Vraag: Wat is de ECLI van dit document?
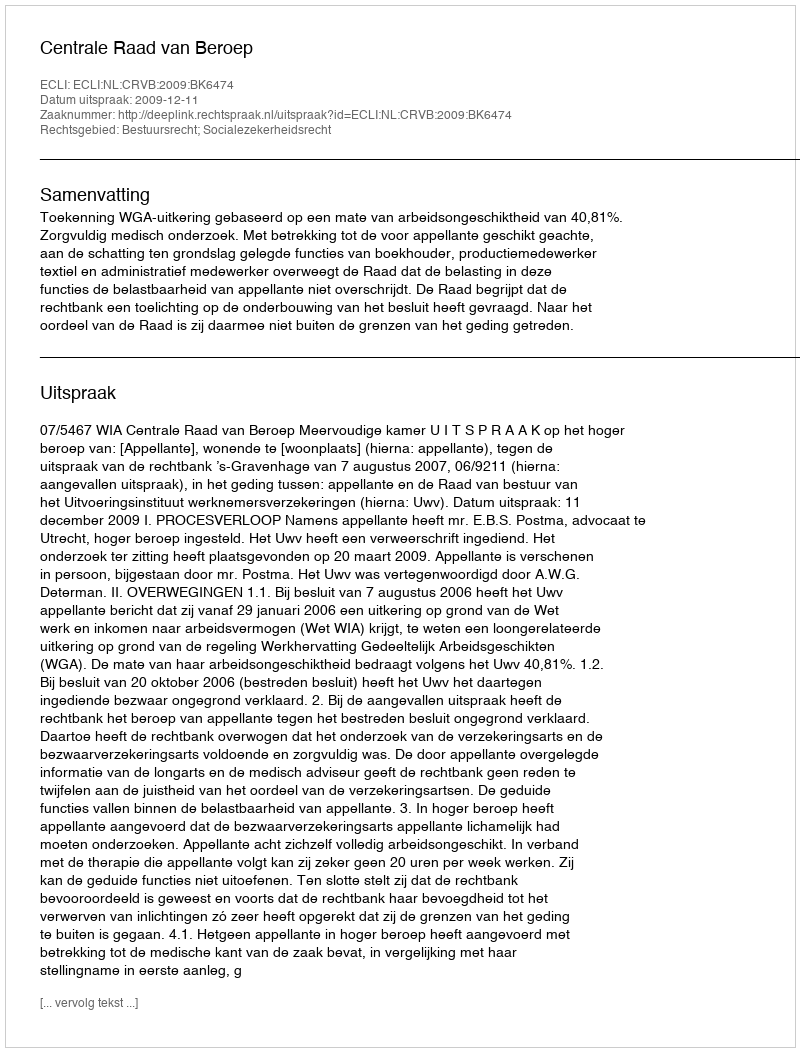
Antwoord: ECLI:NL:CRVB:2009:BK6474